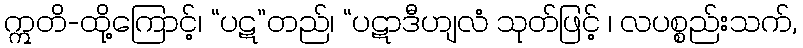
ဣတိ-ထို့ကြောင့်၊ “ပဋ”တည်၊ “ပဋာဒီဟျလံ သုတ်ဖြင့် ၊ လပစ္စည်းသက်,